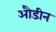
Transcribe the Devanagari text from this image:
औडीन